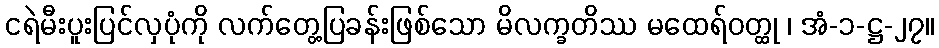
ငရဲမီးပူးပြင်လှပုံကို လက်တွေ့ပြခန်းဖြစ်သော မိလက္ခတိဿ မထေရ်ဝတ္ထု ၊ အံ-၁-ဋ္ဌ-၂၇။